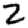
Digit: 2